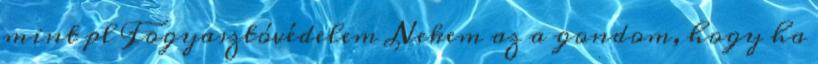
mint pl Fogyasztóvédelem Nekem az a gondom, hogy ha